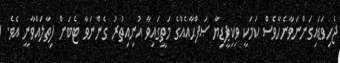
ޖެހިވަޑައިގަންނަވާނެހާވެސް ކަމަކީ ވިކިޕީޑިޔާ ޞަފްޙާއެއްގެ މަތީގައިވާ އުނިއިތުރު ގެންނަވާ ޓެބަށް ފިތާލައްވާނީ އެވެ.